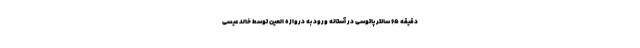
دقیقه ۶۵ سانتر پاتوسی در آستانه ورود به دروازه العین توسط خالد عیسی